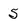
Character: 5